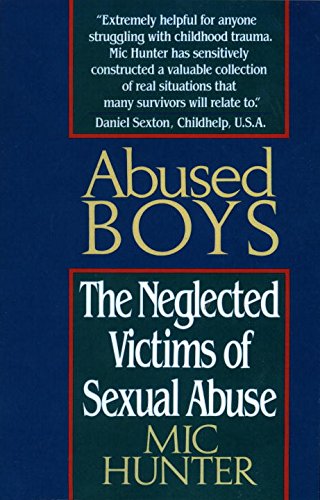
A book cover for Abused Boys: The Neglected Victims of Sexual Abuse; Mic Hunter; Self-Help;